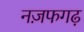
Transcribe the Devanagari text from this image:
नज़फगढ़